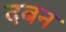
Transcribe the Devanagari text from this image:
दबन